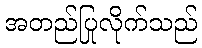
အတည်ပြုလိုက်သည်